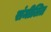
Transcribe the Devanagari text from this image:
संमीलित